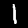
Label: 1